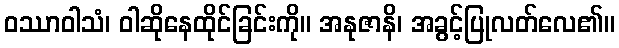
ဝဿာဝါသံ၊ ဝါဆိုနေထိုင်ခြင်းကို။ အနုဇာနိ၊ အခွင့်ပြုလတ်လေ၏။